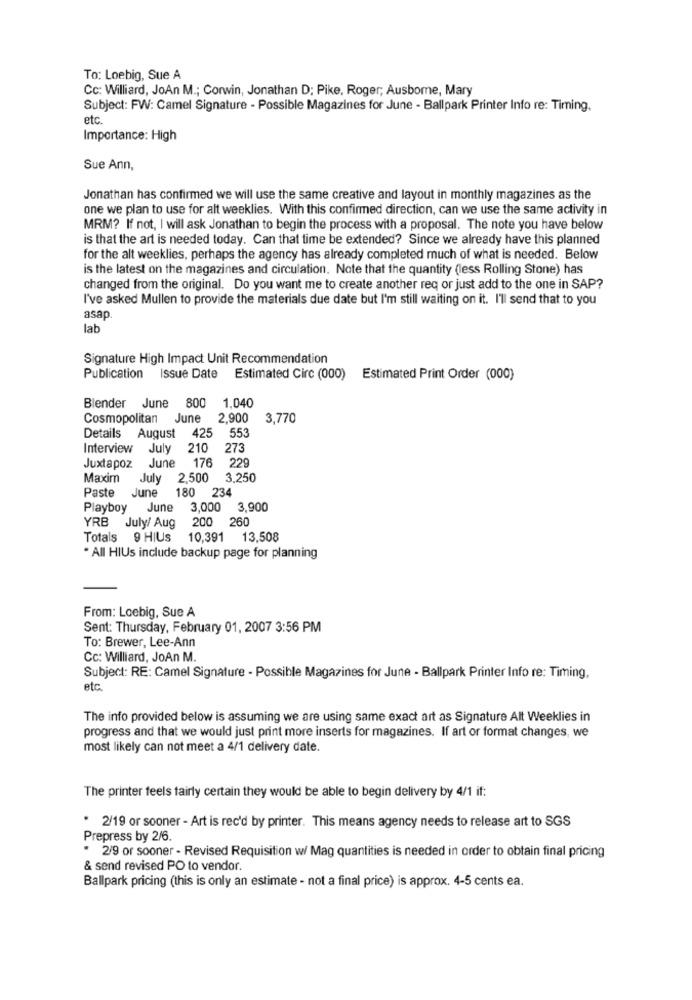
To: Loebig, Sue A
Cc: Williard, JoAn M .; Corwin, Jonathan D; Pike, Roger; Ausborne, Mary
Subject: FW: Camel Signature - Possible Magazines for June - Ballpark Printer Info re: Timing.
etc
Importance: High
Sue Ann,
Jonathan has confirmed we will use the same creative and layout in monthly magazines as the
one we plan to use for alt weeklies. With this confirmed direction, can we use the same activity in
MRM? If not, I will ask Jonathan to begin the process with a proposal. The note you have below
is that the art is needed today. Can that time be extended? Since we already have this planned
for the alt weeklies, perhaps the agency has already completed much of what is needed. Below
is the latest on the magazines and circulation. Note that the quantity (less Rolling Stone) has
changed from the original. Do you want me to create another req or just add to the one in SAP?
I've asked Mullen to provide the materials due date but I'm still waiting on it. I'll send that to you
asap.
lab
Signature High Impact Unit Recommendation
Publication
Issue Date
Estimated Circ (000)
Estimated Print Order (000)
Blender June 800
1.040
Cosmopolitan
June
2,900
3,770
425
553
Details August
Interview
July
210
27
176
229
Juxtapoz
June
Maxim
July 2,500
3,250
Paste
June
180 234
Playboy June
3,000
3,900
200 2
YRB July/ Aug
Totals 9 HIUs
10,391 13,508
. All HIUs include backup page for planning
From: Loebig, Sue A
Sent: Thursday, February 01, 2007 3:56 PM
To: Brewer, Lee-Ann
Cc: Williard, JoAn M.
Subject: RE: Camel Signature - Possible Magazines for June - Ballpark Printer Info re: Timing,
etc.
The info provided below is assuming we are using same exact art as Signature Alt Weeklies in
progress and that we would just print more inserts for magazines. If art or format changes, we
most likely can not meet a 4/1 delivery date.
The printer feels fairly certain they would be able to begin delivery by 4/1 if:
. 2/19 or sooner - Art is rec'd by printer. This means agency needs to release art to SGS
Prepress by 2/6.
* 2/9 or sooner - Revised Requisition w/ Mag quantities is needed in order to obtain final pricing
& send revised PO to vendor.
Ballpark pricing (this is only an estimate - not a final price) is approx. 4-5 cents ea.